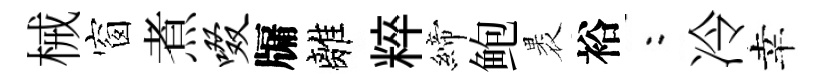
械窗煮啜牖離粹締鲍褁裕欸冷幸